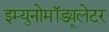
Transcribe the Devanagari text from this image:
इम्युनोमॉड्यूलेटर